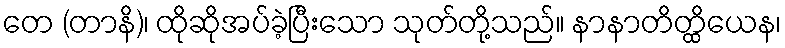
တေ (တာနိ)၊ ထိုဆိုအပ်ခဲ့ပြီးသော သုတ်တို့သည်။ နာနာတိတ္ထိယေန၊